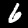
Label: 6